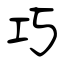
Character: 巧